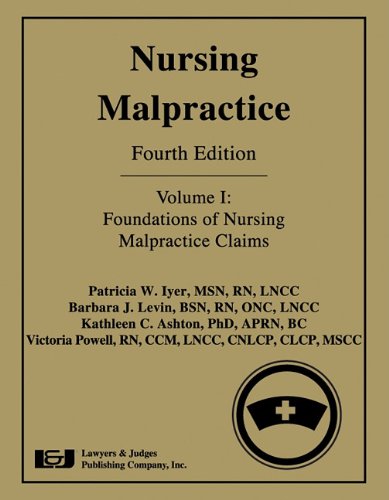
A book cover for Nursing Malpractice: Foundations of Nursing Malpractice Claims; Patricia W. Iyer; Law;